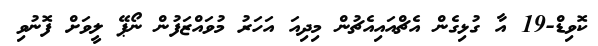
ކޮވިޑް-19 އާ ގުޅިގެން އެޗްއައިއެޗުން މިދިއަ އަހަރު މުވައްޒަފުން ނޯޕޭ ލީވަށް ފޮނުވި